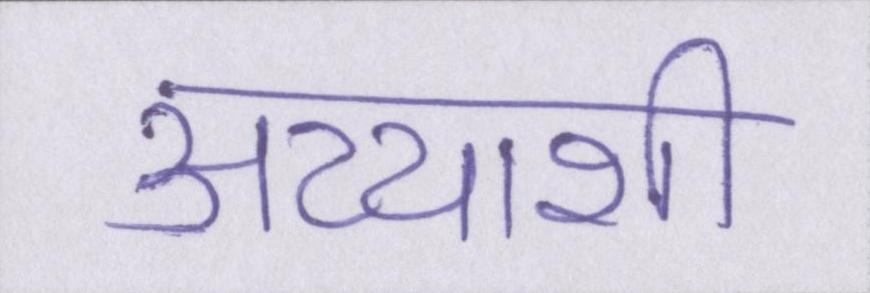
अय्याशी